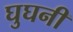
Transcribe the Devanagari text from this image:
घुघनी